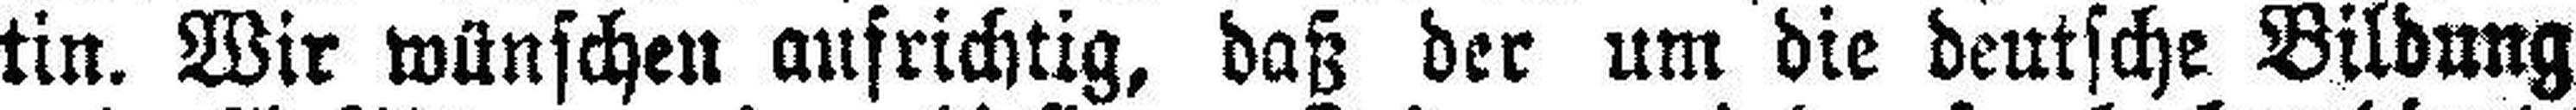
tin. Wir wünschen aufrichtig, daß der um die deutsche Bildung